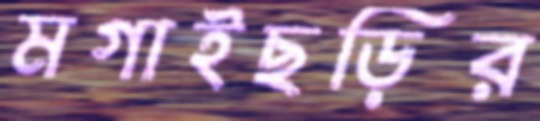
মগাইছড়ির